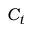
C _ { t }